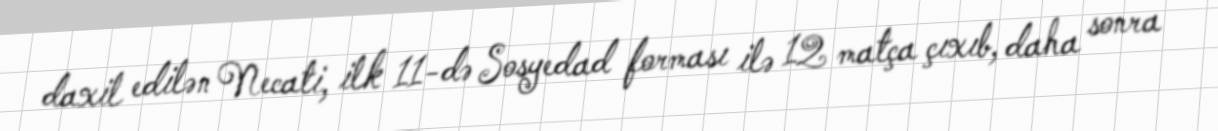
daxil edilən Necati, ilk 11-də Sosyedad forması ilə 12 matça çıxıb, daha sonra